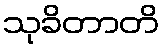
သုခိတာတိ